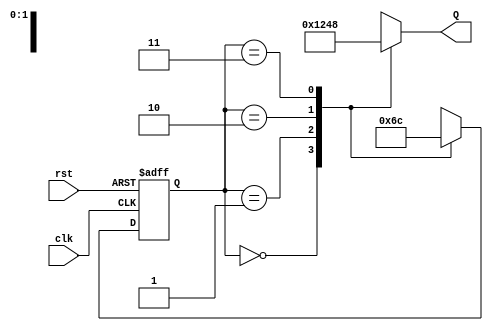
module ring_counter (
    input wire clk,        // Clock signal
    input wire rst,        // Asynchronous reset
    output reg [3:0] Q     // 4-bit output representing the current state
);

// State encoding
localparam STATE_0 = 4'b0001; // State 0
localparam STATE_1 = 4'b0010; // State 1
localparam STATE_2 = 4'b0100; // State 2
localparam STATE_3 = 4'b1000; // State 3

// State variable
reg [1:0] current_state, next_state;

// Sequential logic for state transition
always @(posedge clk or posedge rst) begin
    if (rst) begin
        current_state <= 2'b00; // Reset to State 0
    end else begin
        current_state <= next_state; // Transition to next state
    end
end

// Combinational logic for next state determination
always @(*) begin
    case (current_state)
        2'b00: next_state = 2'b01; // From State 0 to State 1
        2'b01: next_state = 2'b10; // From State 1 to State 2
        2'b10: next_state = 2'b11; // From State 2 to State 3
        2'b11: next_state = 2'b00; // From State 3 to State 0
        default: next_state = 2'b00; // Default to State 0
    endcase
end

// Output logic based on current state
always @(*) begin
    case (current_state)
        2'b00: Q = STATE_0; // Output for State 0
        2'b01: Q = STATE_1; // Output for State 1
        2'b10: Q = STATE_2; // Output for State 2
        2'b11: Q = STATE_3; // Output for State 3
        default: Q = 4'b0000; // Default output
    endcase
end

endmodule